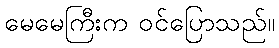
မေမေကြီးက ဝင်ပြောသည်။